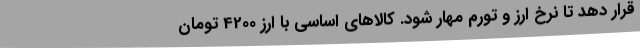
قرار دهد تا نرخ ارز و تورم مهار شود. کالاهای اساسی با ارز 4200 تومان